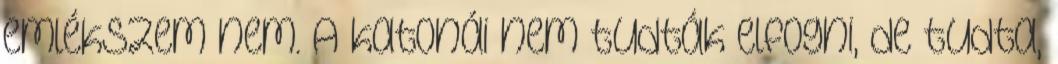
emlékszem nem. A katonái nem tudták elfogni, de tudta,